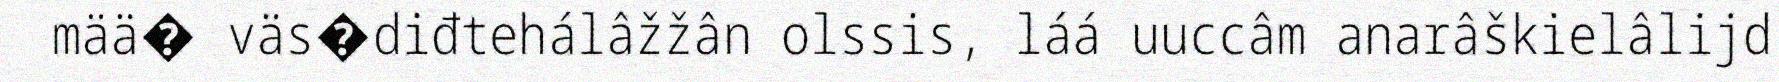
mää� väs�diđtehálâžžân olssis, láá uuccâm anarâškielâlijd